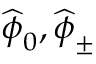
\widehat { \boldsymbol { \phi } } _ { 0 } , \widehat { \boldsymbol { \phi } } _ { \pm }